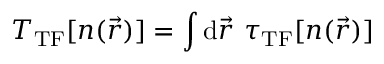
T _ { \mathrm { T F } } [ n ( \vec { r } ) ] = \int { \mathrm { d } } \vec { r } ~ \tau _ { \mathrm { T F } } [ n ( \vec { r } ) ]